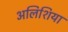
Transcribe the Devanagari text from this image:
अलिशिया